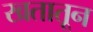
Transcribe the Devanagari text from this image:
खतातून